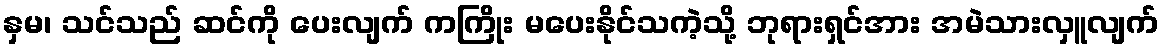
နှမ၊ သင်သည် ဆင်ကို ပေးလျက် ကကြိုး မပေးနိုင်သကဲ့သို့ ဘုရားရှင်အား အမဲသားလှူလျက်